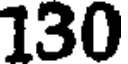
130